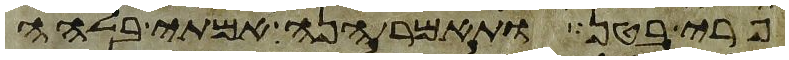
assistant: פרי בטן ותאמר הנה אמתי בלהה